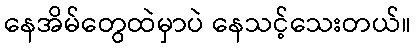
နေအိမ်တွေထဲမှာပဲ နေသင့်သေးတယ်။